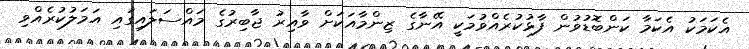
އެކަމަކު އެކަމާ ކަންބޮޑުވުން ފާޅުކުރެއްވުމަކީ އޭނާގެ ޒިންމާއަކަށް ވާއިރު ޖާބިރުގެ މައްސަލައިގައި އަމަލުކުރެއްވި